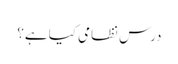
درس نظامی کیا ہے؟